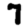
Digit: 7